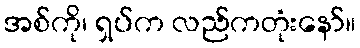
အစ်ကို၊ ရှပ်က လည်ကတုံးနော်။